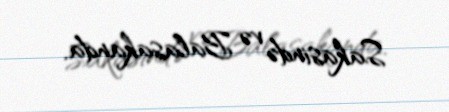
Sakasində və Balasakanda.